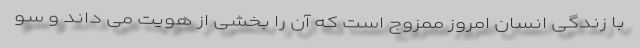
با زندگی انسان امروز ممزوج است که آن را بخشی از هویت می داند و سو